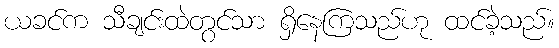
ယခင်က သီချင်းထဲတွင်သာ ရှိနေကြသည်ဟု ထင်ခဲ့သည်။